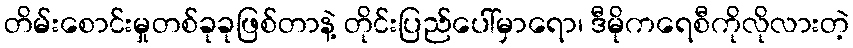
တိမ်းစောင်းမှုတစ်ခုခုဖြစ်တာနဲ့ တိုင်းပြည်ပေါ်မှာရော၊ ဒီမိုကရေစီကိုလိုလားတဲ့